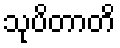
သုပိတာတိ